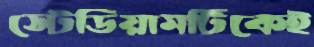
স্টেডিয়ামটিকেই